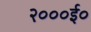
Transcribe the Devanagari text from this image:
२०००ई०